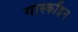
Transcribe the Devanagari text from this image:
गास्कॉइन